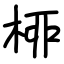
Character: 桺